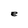
Character: e